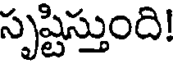
సృష్టిస్తుంది!